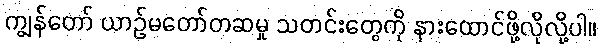
ကျွန်တော် ယာဉ်မတော်တဆမှု သတင်းတွေကို နားထောင်ဖို့လိုလို့ပါ။